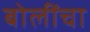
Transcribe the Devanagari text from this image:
बोलींचा